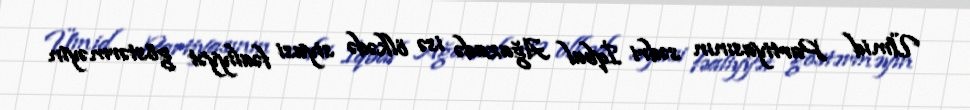
Ümid Partiyasının sədri İqbal Ağazadə isə ölkədə siyasi fəaliyyət göstərməyin